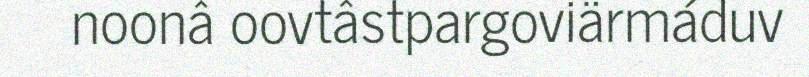
noonâ oovtâstpargoviärmáduv